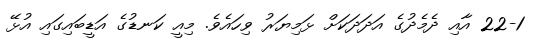
22-1 އާއި ދެމެދުގެ އަދަދަކަށް ޅަމިޔަރު ވިހައެވެ. މިއީ ކަނޑުގެ އަޑީބައިގައި އުޅޭ